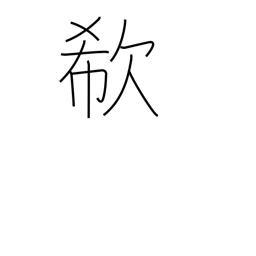
Meaning: cry